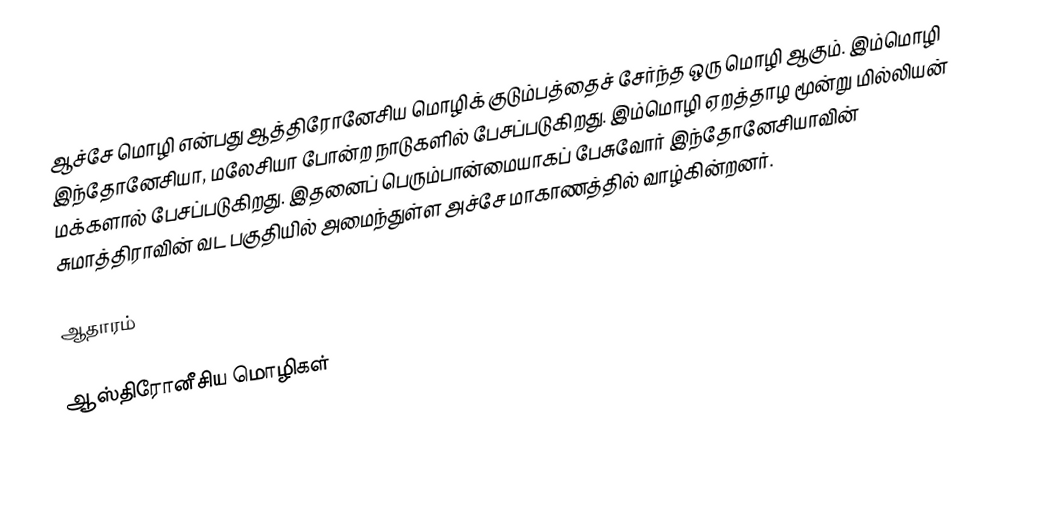
ஆச்சே மொழி  என்பது ஆத்திரோனேசிய மொழிக் குடும்பத்தைச் சேர்ந்த ஒரு மொழி ஆகும். இம்மொழி இந்தோனேசியா, மலேசியா போன்ற நாடுகளில் பேசப்படுகிறது. இம்மொழி ஏறத்தாழ மூன்று மில்லியன் மக்களால் பேசப்படுகிறது. இதனைப் பெரும்பான்மையாகப் பேசுவோர் இந்தோனேசியாவின் சுமாத்திராவின் வட பகுதியில் அமைந்துள்ள அச்சே மாகாணத்தில் வாழ்கின்றனர்.

ஆதாரம்

ஆஸ்திரோனீசிய மொழிகள்